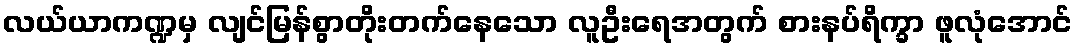
လယ်ယာကဏ္ဍမှ လျင်မြန်စွာတိုးတက်နေသော လူဦးရေအတွက် စားနပ်ရိက္ခာ ဖူလုံအောင်